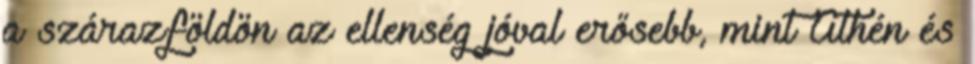
a szárazföldön az ellenség jóval erősebb, mint Athén és